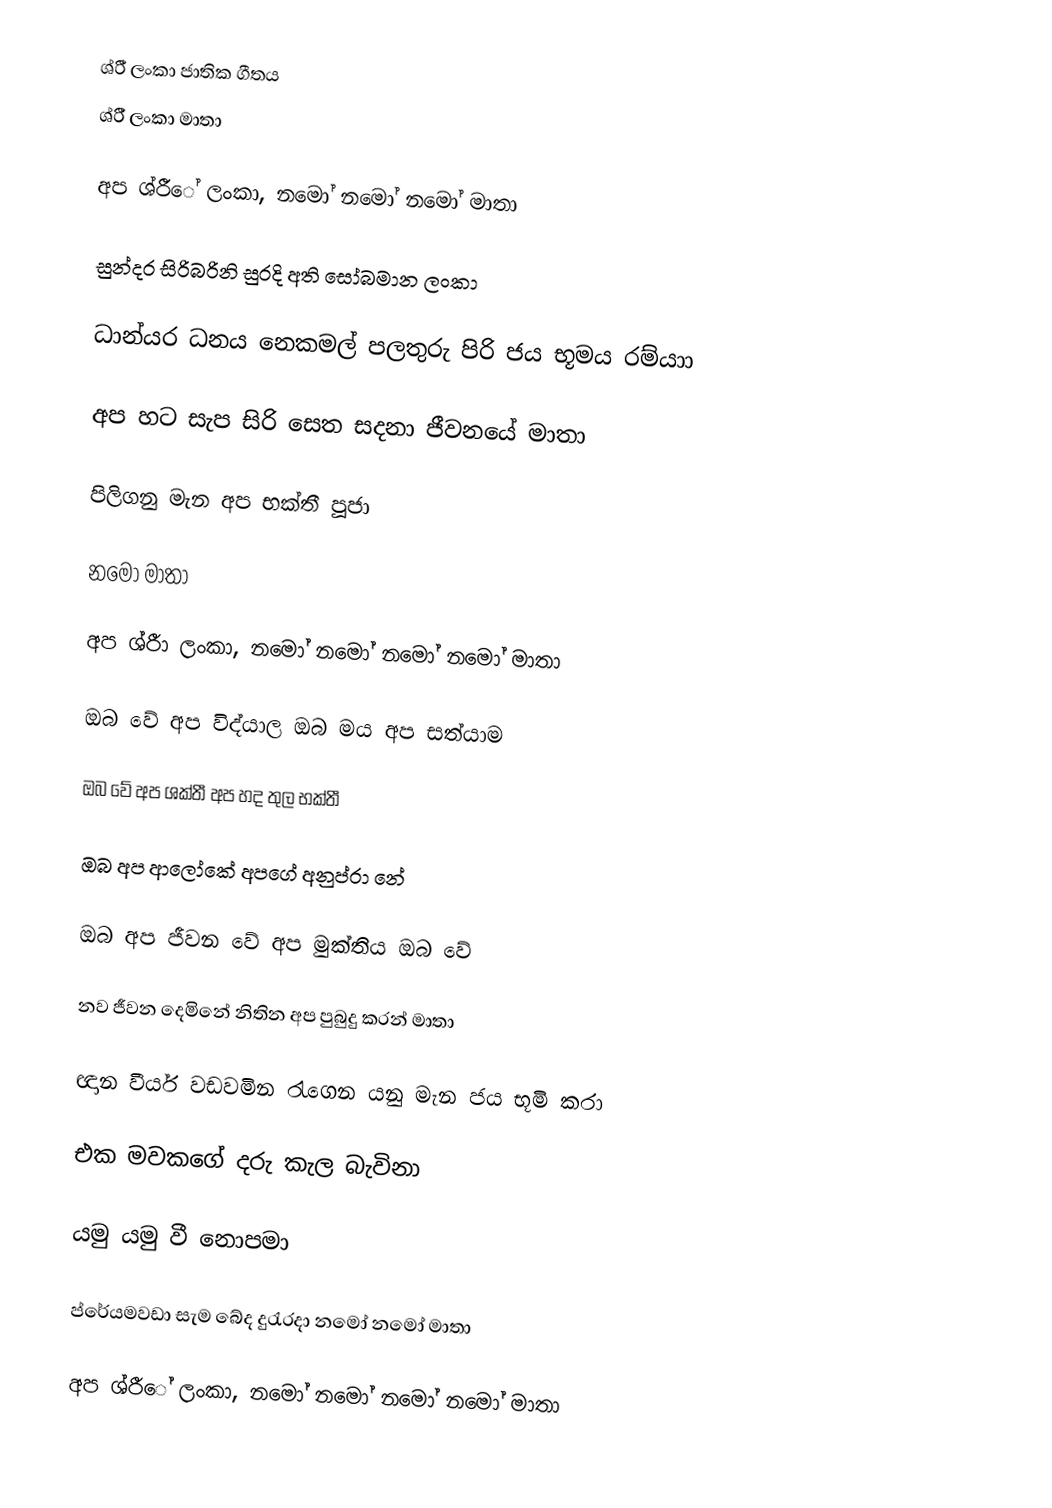
ශ්රී් ලංකා ජාතික ගීතය
ශ්රී් ලංකා මාතා

අප ශ්රීේ ලංකා, නමෝ නමෝ නමෝ මාතා

සුන්දර සිරිබරිනි සුරදි අති සෝබමාන ලංකා

ධාන්යර ධනය නෙකමල් පලතුරු පිරි ජය භූමය රම්යාා

අප හට සැප සිරි සෙත සදනා ජීවනයේ මාතා

පිලිගනු මැන අප භක්තී පූජා

නමෝ මාතා

අප ශ්රීා ලංකා, නමෝ නමෝ නමෝ නමෝ මාතා

ඔබ වේ අප විද්යාල ඔබ මය අප සත්යාම

ඔබ වේ අප ශක්තී අප හද තුල භක්තී

ඔබ අප ආලෝකේ  අපගේ අනුප්රා නේ

ඔබ අප ජීවන වේ අප මුක්තිය ඔබ වේ

නව ජීවන දෙමිනේ නිතින අප පුබුදු කරන් මාතා

ඥාන වීර්ය වඩවමින රැගෙන යනු මැන ජය භූමි කරා

එක මවකගේ දරු කැල බැවිනා

යමු යමු	 වී නොපමා

ප්රේයමවඩා සැම බේද දුරැරදා නමෝ නමෝ මාතා

අප ශ්රීේ ලංකා, නමෝ නමෝ නමෝ නමෝ මාතා